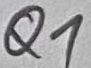
Text: Q1